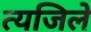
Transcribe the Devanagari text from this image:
त्यजिले